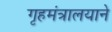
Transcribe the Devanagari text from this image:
गृहमंत्रालयाने